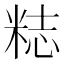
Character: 𥺃